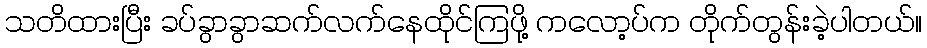
သတိထားပြီး ခပ်ခွာခွာဆက်လက်နေထိုင်ကြဖို့ ကလော့ပ်က တိုက်တွန်းခဲ့ပါတယ်။